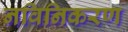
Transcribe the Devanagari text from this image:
नविनिकरण